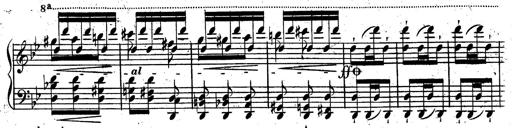
Title: Rondeau fantastique sur un thÃ¨me espagnol
Composer: Franz Liszt